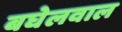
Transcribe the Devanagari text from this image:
बघेलवाल